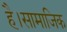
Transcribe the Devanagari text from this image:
है।सामाजिक